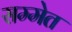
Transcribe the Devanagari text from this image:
सम्मेत